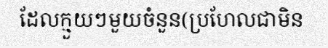
ដែលក្មួយៗមួយចំនួន(ប្រហែលជាមិន